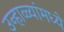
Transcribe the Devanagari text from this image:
उन्हाळ्यांमध्ये